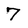
Character: 7